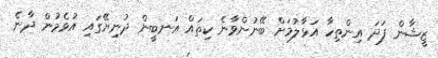
ޒީޝާން ފަދަ އިންތިހާ އަޅާލުމަށް ބޭނުންވާނެ ކިތައް އަނބީން ދުނިޔޭގައި އުޅެމުން ދާނެ